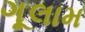
ગૂલામ